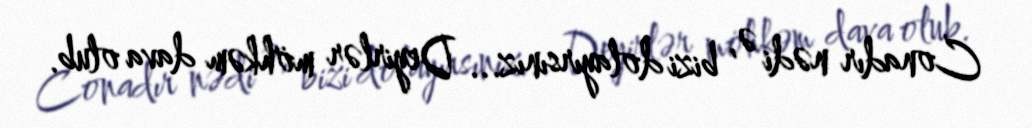
Conadır nədi ə, bizi dolayırsınız... Deyirlər möhkəm dava olub.